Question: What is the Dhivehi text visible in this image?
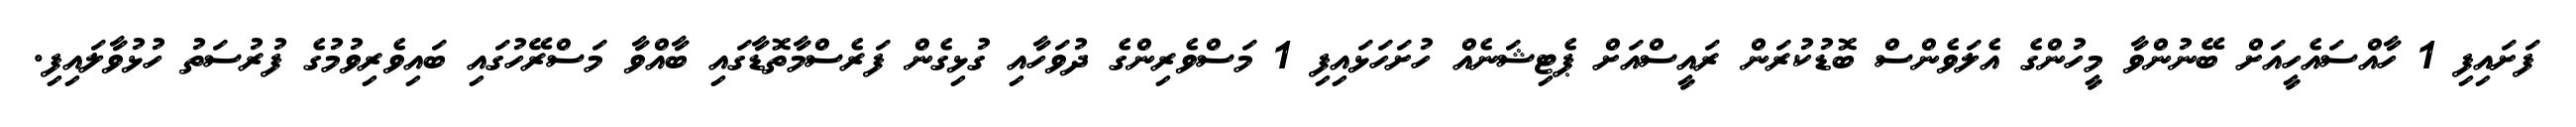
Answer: ފަށައިފި 1 ހާއްސައެހީއަށް ބޭނުންވާ މީހުންގެ އެލަވެންސް ބޮޑުކުރަން ރައީސްއަށް ޕެޓިޝަނެއް ހުށަހަޅައިފި 1 މަސްވެރިންގެ ދުވަހާއި ގުޅިގެން ފަރެސްމާތޮޑާގައި ބާއްވާ މަސްރޭހުގައި ބައިވެރިވުމުގެ ފުރުސަތު ހުޅުވާލައިފި.